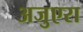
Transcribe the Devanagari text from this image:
अजुएरा